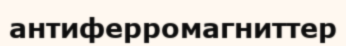
антиферромагниттер